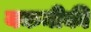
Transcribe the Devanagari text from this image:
यकनीकी